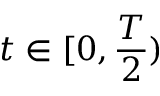
t \in [ 0 , \frac { T } { 2 } )